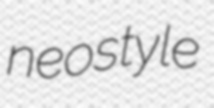
neostyle